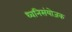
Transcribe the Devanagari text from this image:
ध्वनिसंयोजक